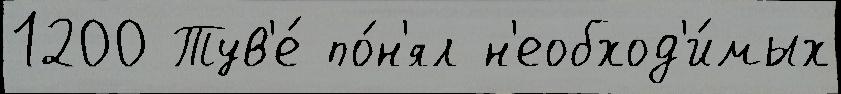
1200 Тув'е́ по́н'ял н'еобход'и́мых